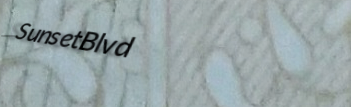
SunsetBlvd